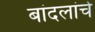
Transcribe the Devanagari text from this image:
बांदलांचे